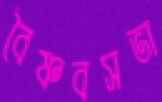
বৈষ্ণবসভা